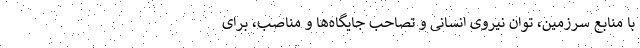
با منابع سرزمین، توان نیروی انسانی و تصاحب جایگاه‌ها و مناصب، برای